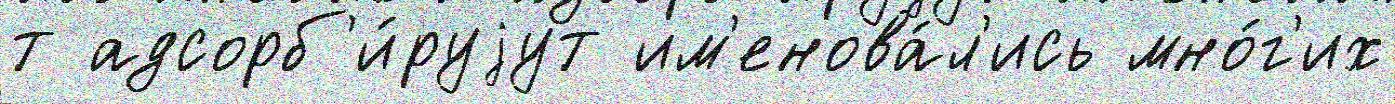
т адсорб'и́руjут им'енова́л'ись мно́г'их